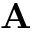
\mathbf { A }